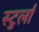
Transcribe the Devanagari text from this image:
स्टुर्ला